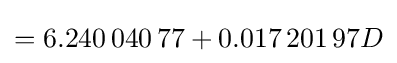
=6.240\,040\,77+0.017\,201\,97D